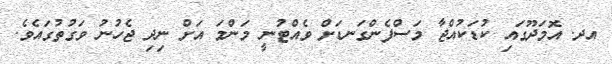
އދ. އޮމަދޫގައި ކުޑަކުއްޖާ މަސްފެންގަނޑަށް ވެއްޓުނީ މަންމަ އަށް ނިދި ޖެހުނު ވަގުތުގައެވެ.